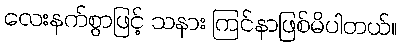
လေးနက်စွာဖြင့် သနား ကြင်နာဖြစ်မိပါတယ်။